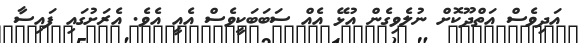
އަދިވެސް އަތްދޫކޮށް ނުލެވިގެން އުޅޭ އެއް ސަބަބަކީވެސް އެއީ އެވެ. އެރަށުގައި ފައިސާ